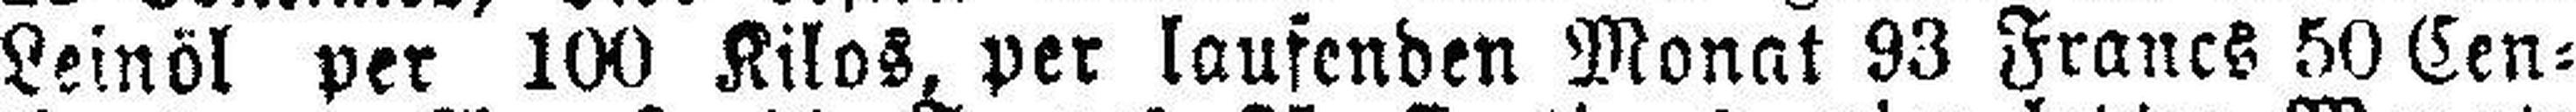
Leinöl per 100 Kilos, per laufenden Monat 93 Francs 50 Cen¬